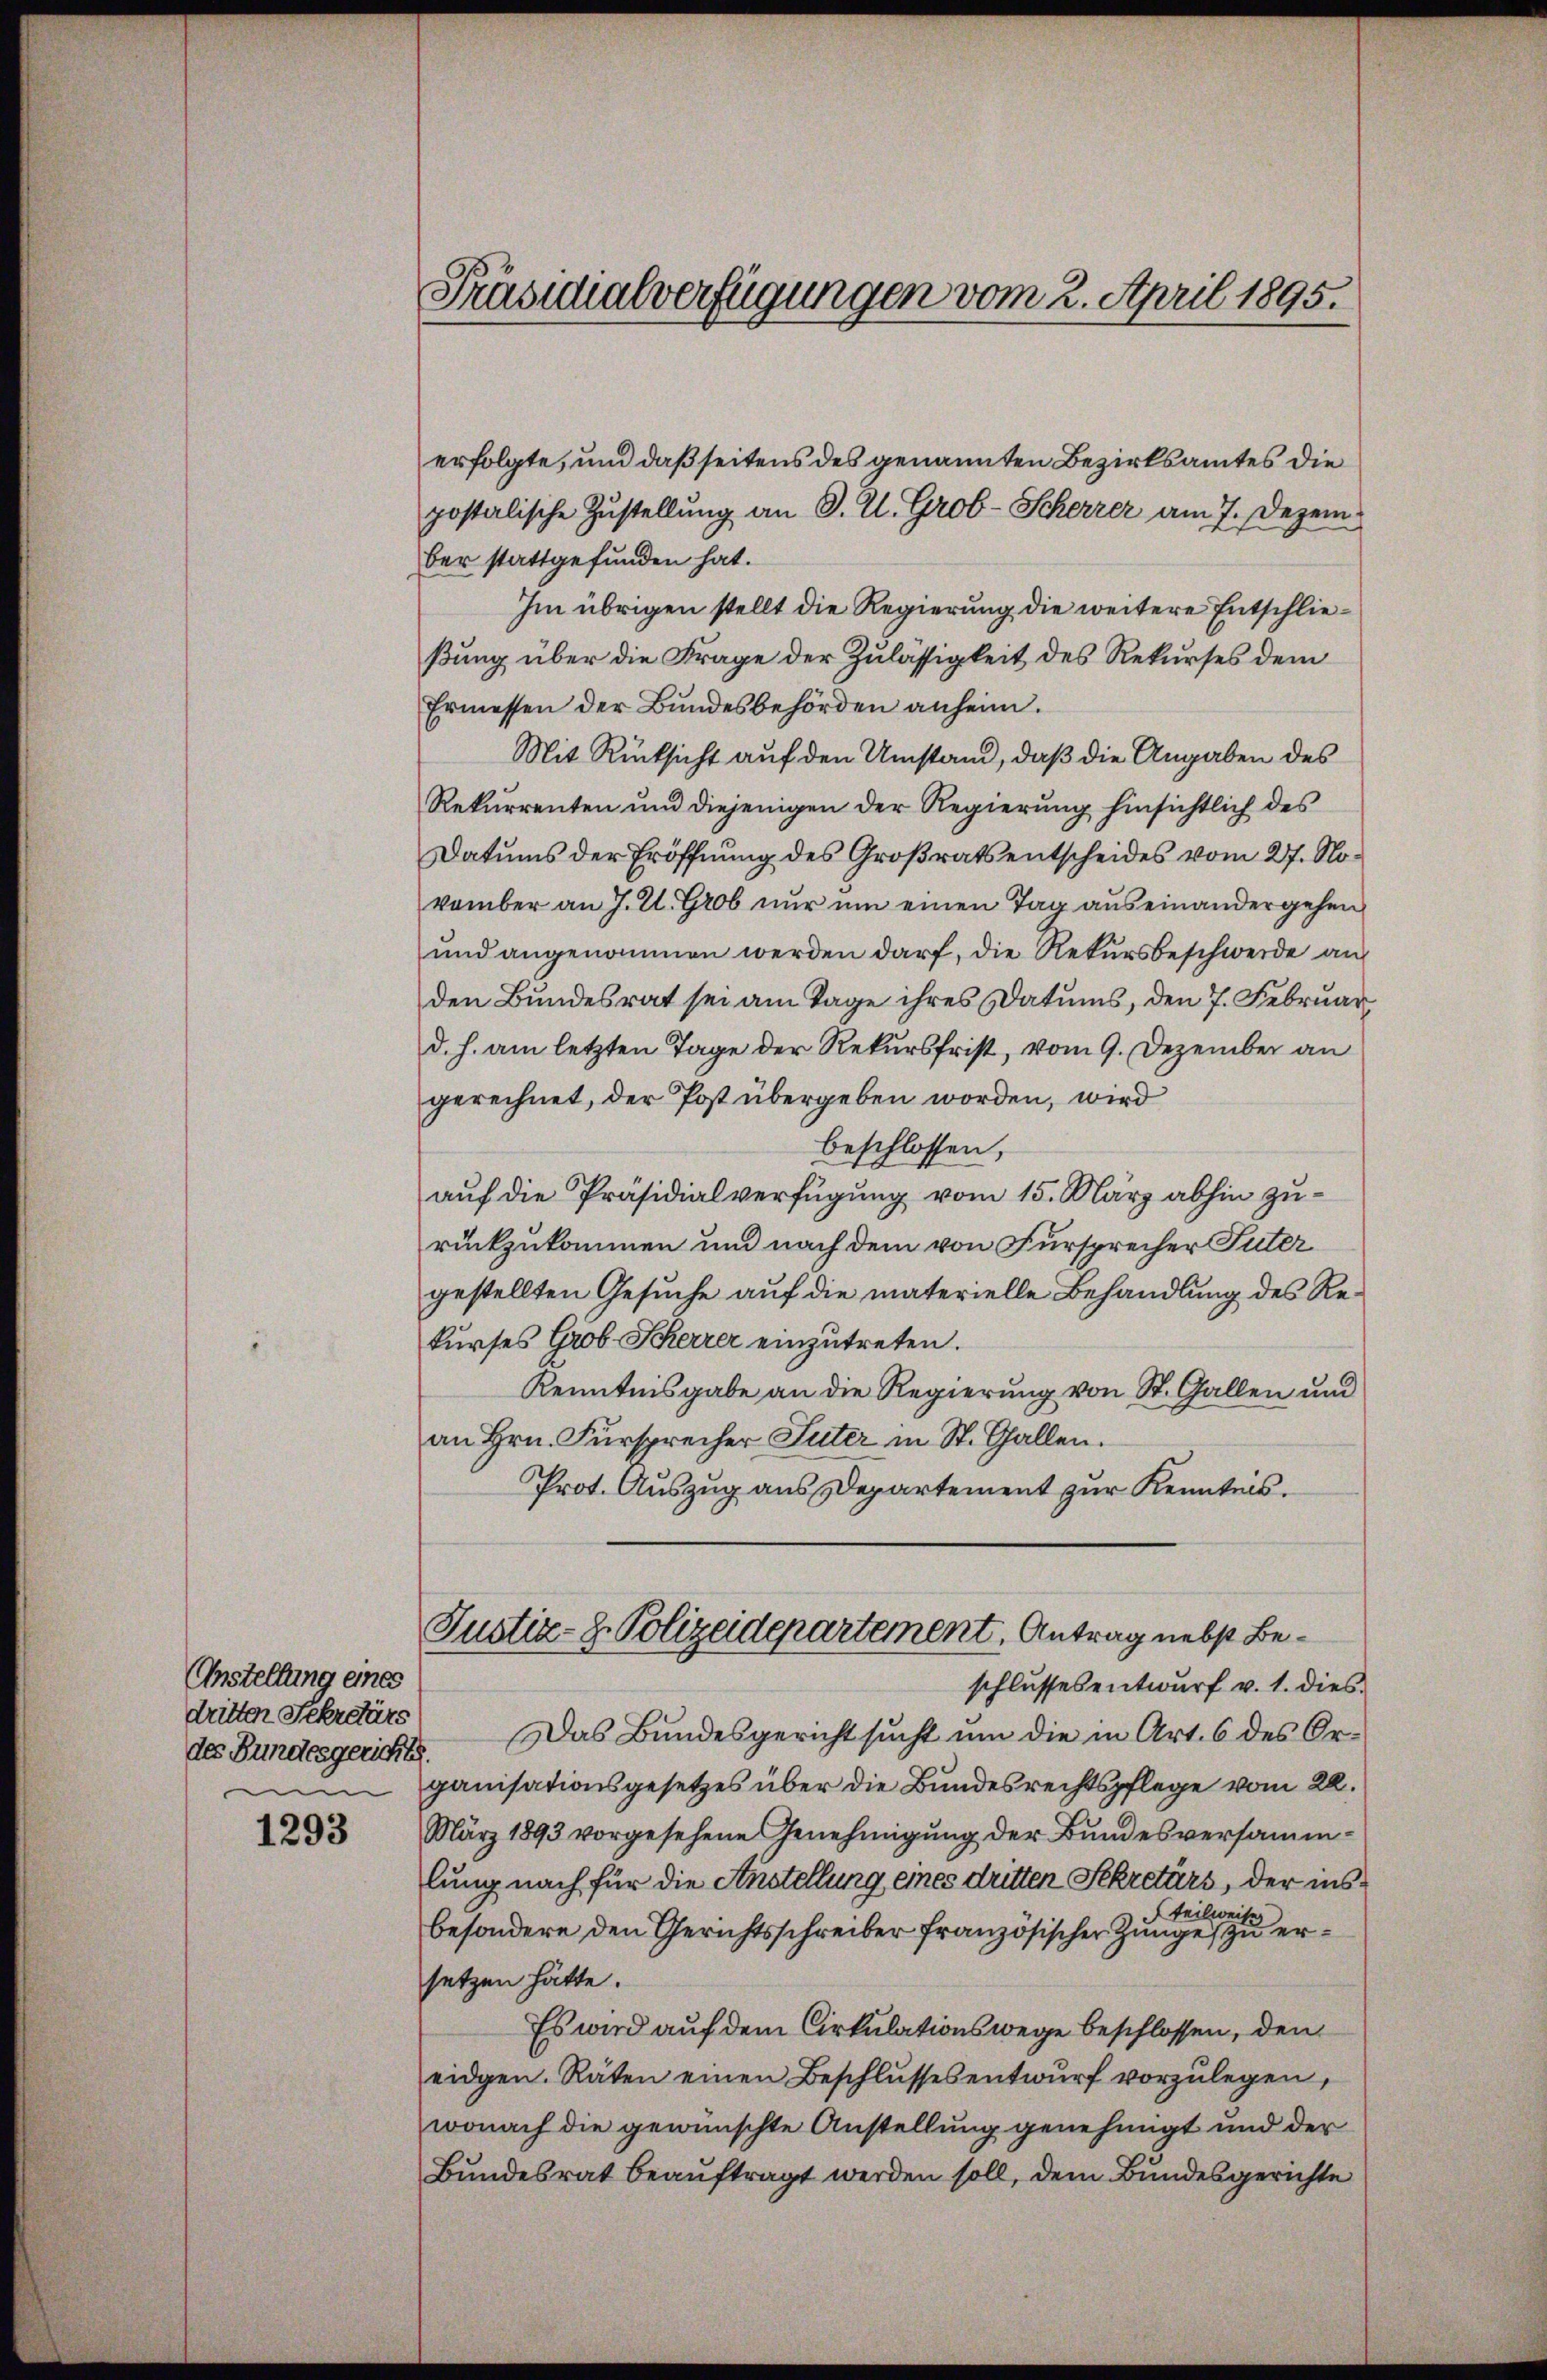
Anstellung eines
dritten Sekretärs
mi

1293

Präsidialverfügungen vom 2. April 1895.

erfolgte, und daß seitens des genannten Bezirksamtes die
postalische Zustellung an J. U. Grob-Scherrer am 7. Dezember stattgefunden hat.
Im übrigen stellt die Regierung die weitere Entschließung über die Frage der Zulässigkeit des Rekurses dem
Ermessen der Bundesbehörden anheim.
Mit Rücksicht auf den Umstand, daß die Angaben des
Rekurrenten und diejenigen der Regierung hinsichtlich des
Datums der Eröffnung des Großrats entscheides vom 27. November an J. U. Grob nur um einen Tag auseinandergehen
und angenommen werden darf, die Rekursbeschwerde an
den Bundesrat sei am Tage ihres Datums, den 7. Februar
d. h. am letzten Tage der Rekursfrist, vom 9. Dezember an
gerechnet, der Post übergeben worden, wird
beschlossen,
auf die Präsidialverfügung vom 15. März abhin zurückzukommen und nach dem von Fürsprecher Suter
gestellten Gesuche auf die materielle Behandlung des Rekurses Grob Scherer einzutreten.
Kenntnisgabe an die Regierung von St. Gallen und
an Hrn. Fürsprecher Suter in St. Gallen.
Prot. Auszug aus Departement zur Kenntnis.
Justiz- & Polizeidepartement, Antrag nebst Beschlussesentwurf v. 1. dies
des Bundesgerichts. Das Bundesgericht sucht um die in Art. 6 des Organisationsgesetzes über die Bundesrechtspflege vom 22.
März 1893 vorgesehene Genehmigung der Bundesversammlung nach für die Anstellung eines dritten Sekretärs, der inslweis
fe
besondere den Gerichtsschreiber französischer Zunge zu ersetzen hätte.
Es wird auf dem Cirkulationswege beschlossen, den
eidgen. Räten einen Beschlussesentwŭrf vorzulegen,
wonach die gewünschte Anstellung genehmigt und der
Bundesrat beauftragt werden soll, dem Bundesgerichte